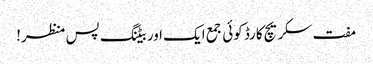
مفت سکریچ کارڈ کوئی جمع ایک اور بیٹنگ پس منظر!